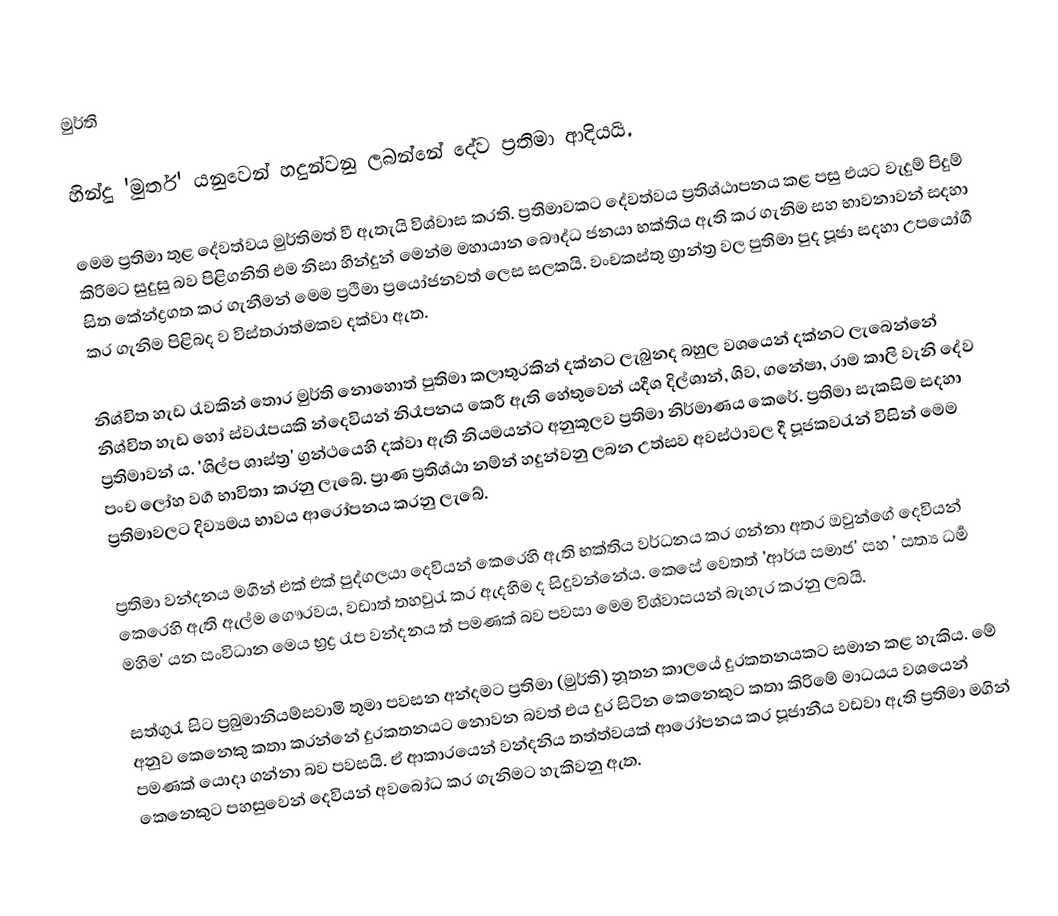
මුර්ති

හින්දු 'මුර්ත' යනුවෙන් හදුන්වනු ලබන්නේ දේව ප්‍රතිමා ආදියයි.

මෙම ප්‍රතිමා තුළ දේවත්වය මුර්තිමත් වී ඇතැයි විශ්වාස කරති.  ප්‍රතිමාවකට  දේවත්වය ප්‍රතිශ්ඨාපනය කළ පසු එයට වැදුම් පිදුම් කිරිමට සුදුසු බව පිළිගනිති එම නිසා හින්දුන් මෙන්ම මහායාන බෞද්ධ ජනයා භක්තිය ඇති කර ගැනිම සහ භාවනාවන් සදහා සිත කේන්ද්‍රගත කර ගැනීමන් මෙම ප්‍රථිමා ප්‍ර‍යෝජනවත් ලෙස සලකයි. ‍වංචකස්තු ග්‍රාන්ත්‍ර වල පුතිමා  පුද පූජා සදහා උපයෝගී කර ගැනිම පිළිබද ව විස්තරාත්මකව දක්වා ඇත.

නිශ්චිත හැඩ රැවකින් තොර මුර්ති නොහොත් පුතිමා කලාතුරකින් දක්නට ලැබුනද බහුල වශයෙන් දක්නට ලැබෙන්නේ නිශ්චිත හැඩ හෝ ස්වරෑපයකි න්දෙවියන් නිරෑපනය කෙරී ඇති  හේතුවෙන් යදීශ දිල්ශාන්, ශිව, ගනේෂා, රාම කාලි වැනි දේව ප්‍රතිමාවන් ය. 'ශිල්ප ශාස්ත්‍ර' ග්‍රන්ථයෙහි දක්වා ඇති නියමයන්ට අනුකූලව  ප්‍රතිමා නිර්මාණය කෙරේ. ප්‍රතිමා සැකසිම සදහා පංච ලෝහ වර්‍ග  භාවිතා කරනු ලැබේ. ප්‍රාණ ප්‍රතිශ්ඨා නම්න් හදුන්වනු ලබන උත්සව අවස්ථාවල දී පූජකවරැන් විසින් මෙම ප්‍රතිමාවලට දිව්‍යමය භාවය ආරෝපනය කරනු ලැබේ.

ප්‍රතිමා වන්දනය මගින් එක් එක් පුද්ගලයා දෙවියන් කෙරෙහි ඇති භක්තිය වර්ධනය කර ගන්නා අතර ඔවුන්ගේ දෙවියන් කෙරෙහි  ඇති ඇල්ම ගෞරවය, වඩාත් තහවුරැ කර ඇදහිම ද සිදුවන්නේය. කෙසේ වෙතත් 'ආර්ය සමාජ' සහ ' සත්‍ය ධර්‍ම මහිම' යන සංවිධාන මෙය භ්‍රද්‍ර රැප වන්දනය ත් පමණක් බව පවසා මෙම විශ්වාසයන් බැහැර කරනු ලබයි.

සත්ගුරැ සිට ප්‍රබුමානියම්සවාමි තුමා පවසන අන්දමට ප්‍රතිමා (මුර්ති) නූතන කාලයේ දුරකතනයකට සමාන කළ හැකිය. මේ අනුව කෙනෙකු කතා කරන්නේ දුරකතනයට නොවන බවත් එය දුර සිටින කෙනෙකු‍ට  කතා කිරිමේ මාධයය වශයෙන්  පමණක් යොදා ගන්නා බව  පවසයි. ඒ ආකාරයෙන් වන්දනිය තත්ත්වයක් ආරෝපනය කර පූජානීය  වඩවා ඇති ප්‍රතිමා මගින් කෙනෙකුට  පහසුවෙන් දෙවියන් අවබෝධ කර ගැනිමට හැකිවනු ඇත.